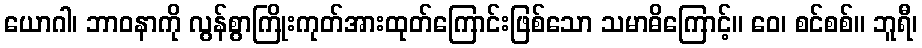
ယောဂါ၊ ဘာဝနာကို လွန်စွာကြိုးကုတ်အားထုတ်ကြောင်းဖြစ်သော သမာဓိကြောင့်။ ဝေ၊ စင်စစ်။ ဘူရီ၊